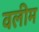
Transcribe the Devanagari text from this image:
वलीम